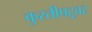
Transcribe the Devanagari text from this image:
कुस्तीपटूवर